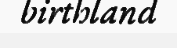
birthland